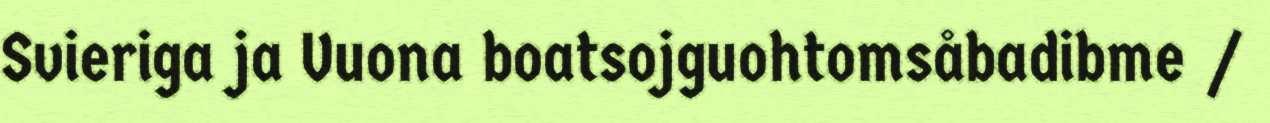
Svieriga ja Vuona boatsojguohtomsåbadibme /